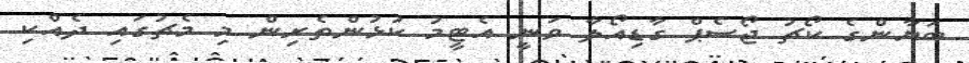
ބަޔާންގެ ކޯޗު ޖޯސެޕް ގާޑިއޯލާ ވަނީ އެޓީމު ކުޅުންތެރިން މި މެޗުގައި ދެއްކި